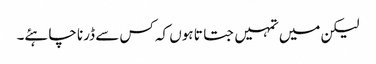
لیکن میں تمہیں جتاتا ہوں کہ کس سے ڈرنا چاہئے۔